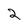
Character: 2